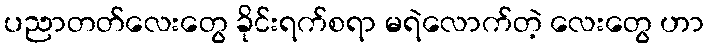
ပညာတတ်လေးတွေ ခိုင်းရက်စရာ မရဲလောက်တဲ့ လေးတွေ ဟာ